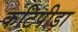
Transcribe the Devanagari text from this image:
कटिपीड़ा